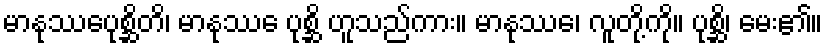
မာနုဿေပုစ္ဆိတိ၊ မာနုဿေ ပုစ္ဆိ ဟူသည်ကား။ မာနုဿေ၊ လူတို့ကို။ ပုစ္ဆိ၊ မေး၏။